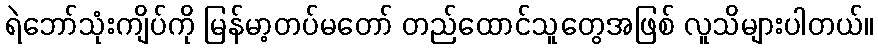
ရဲဘော်သုံးကျိပ်ကို မြန်မာ့တပ်မတော် တည်ထောင်သူတွေအဖြစ် လူသိများပါတယ်။